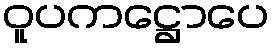
ဝူပကဋ္ဌောပေ